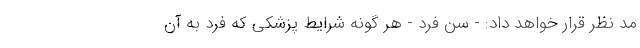
مد نظر قرار خواهد داد: - سن فرد - هر گونه شرایط پزشکی که فرد به آن